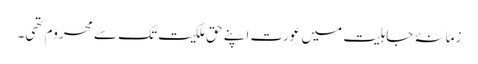
زمانۂ جاہلیت میں عورت اپنے حق ملکیت تک سے محروم تھی۔